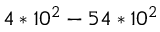
4 * 1 0 ^ { 2 } - 5 4 * 1 0 ^ { 2 }